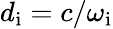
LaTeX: d_{\mathrm{i}}=c/\omega_{\mathrm{i}}